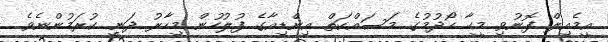
އީމެއިލް ފޮނުވި މީހާ ހޯދުމުގެ މަސައްކަތް އިންޑިއާގެ ފުލުހުން މިހާރު ދަނީ ކުރަމުންނެވެ.